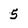
Character: 5